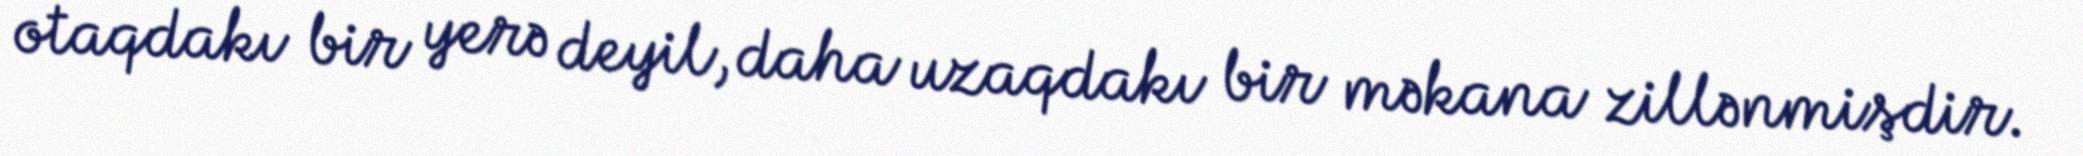
otaqdakı bir yerə deyil, daha uzaqdakı bir məkana zillənmişdir.